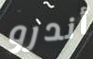
أندرو